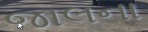
જાલના